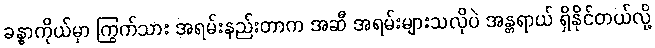
ခန္ဓာကိုယ်မှာ ကြွက်သား အရမ်းနည်းတာက အဆီ အရမ်းများသလိုပဲ အန္တရာယ် ရှိနိုင်တယ်လို့